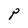
Character: P